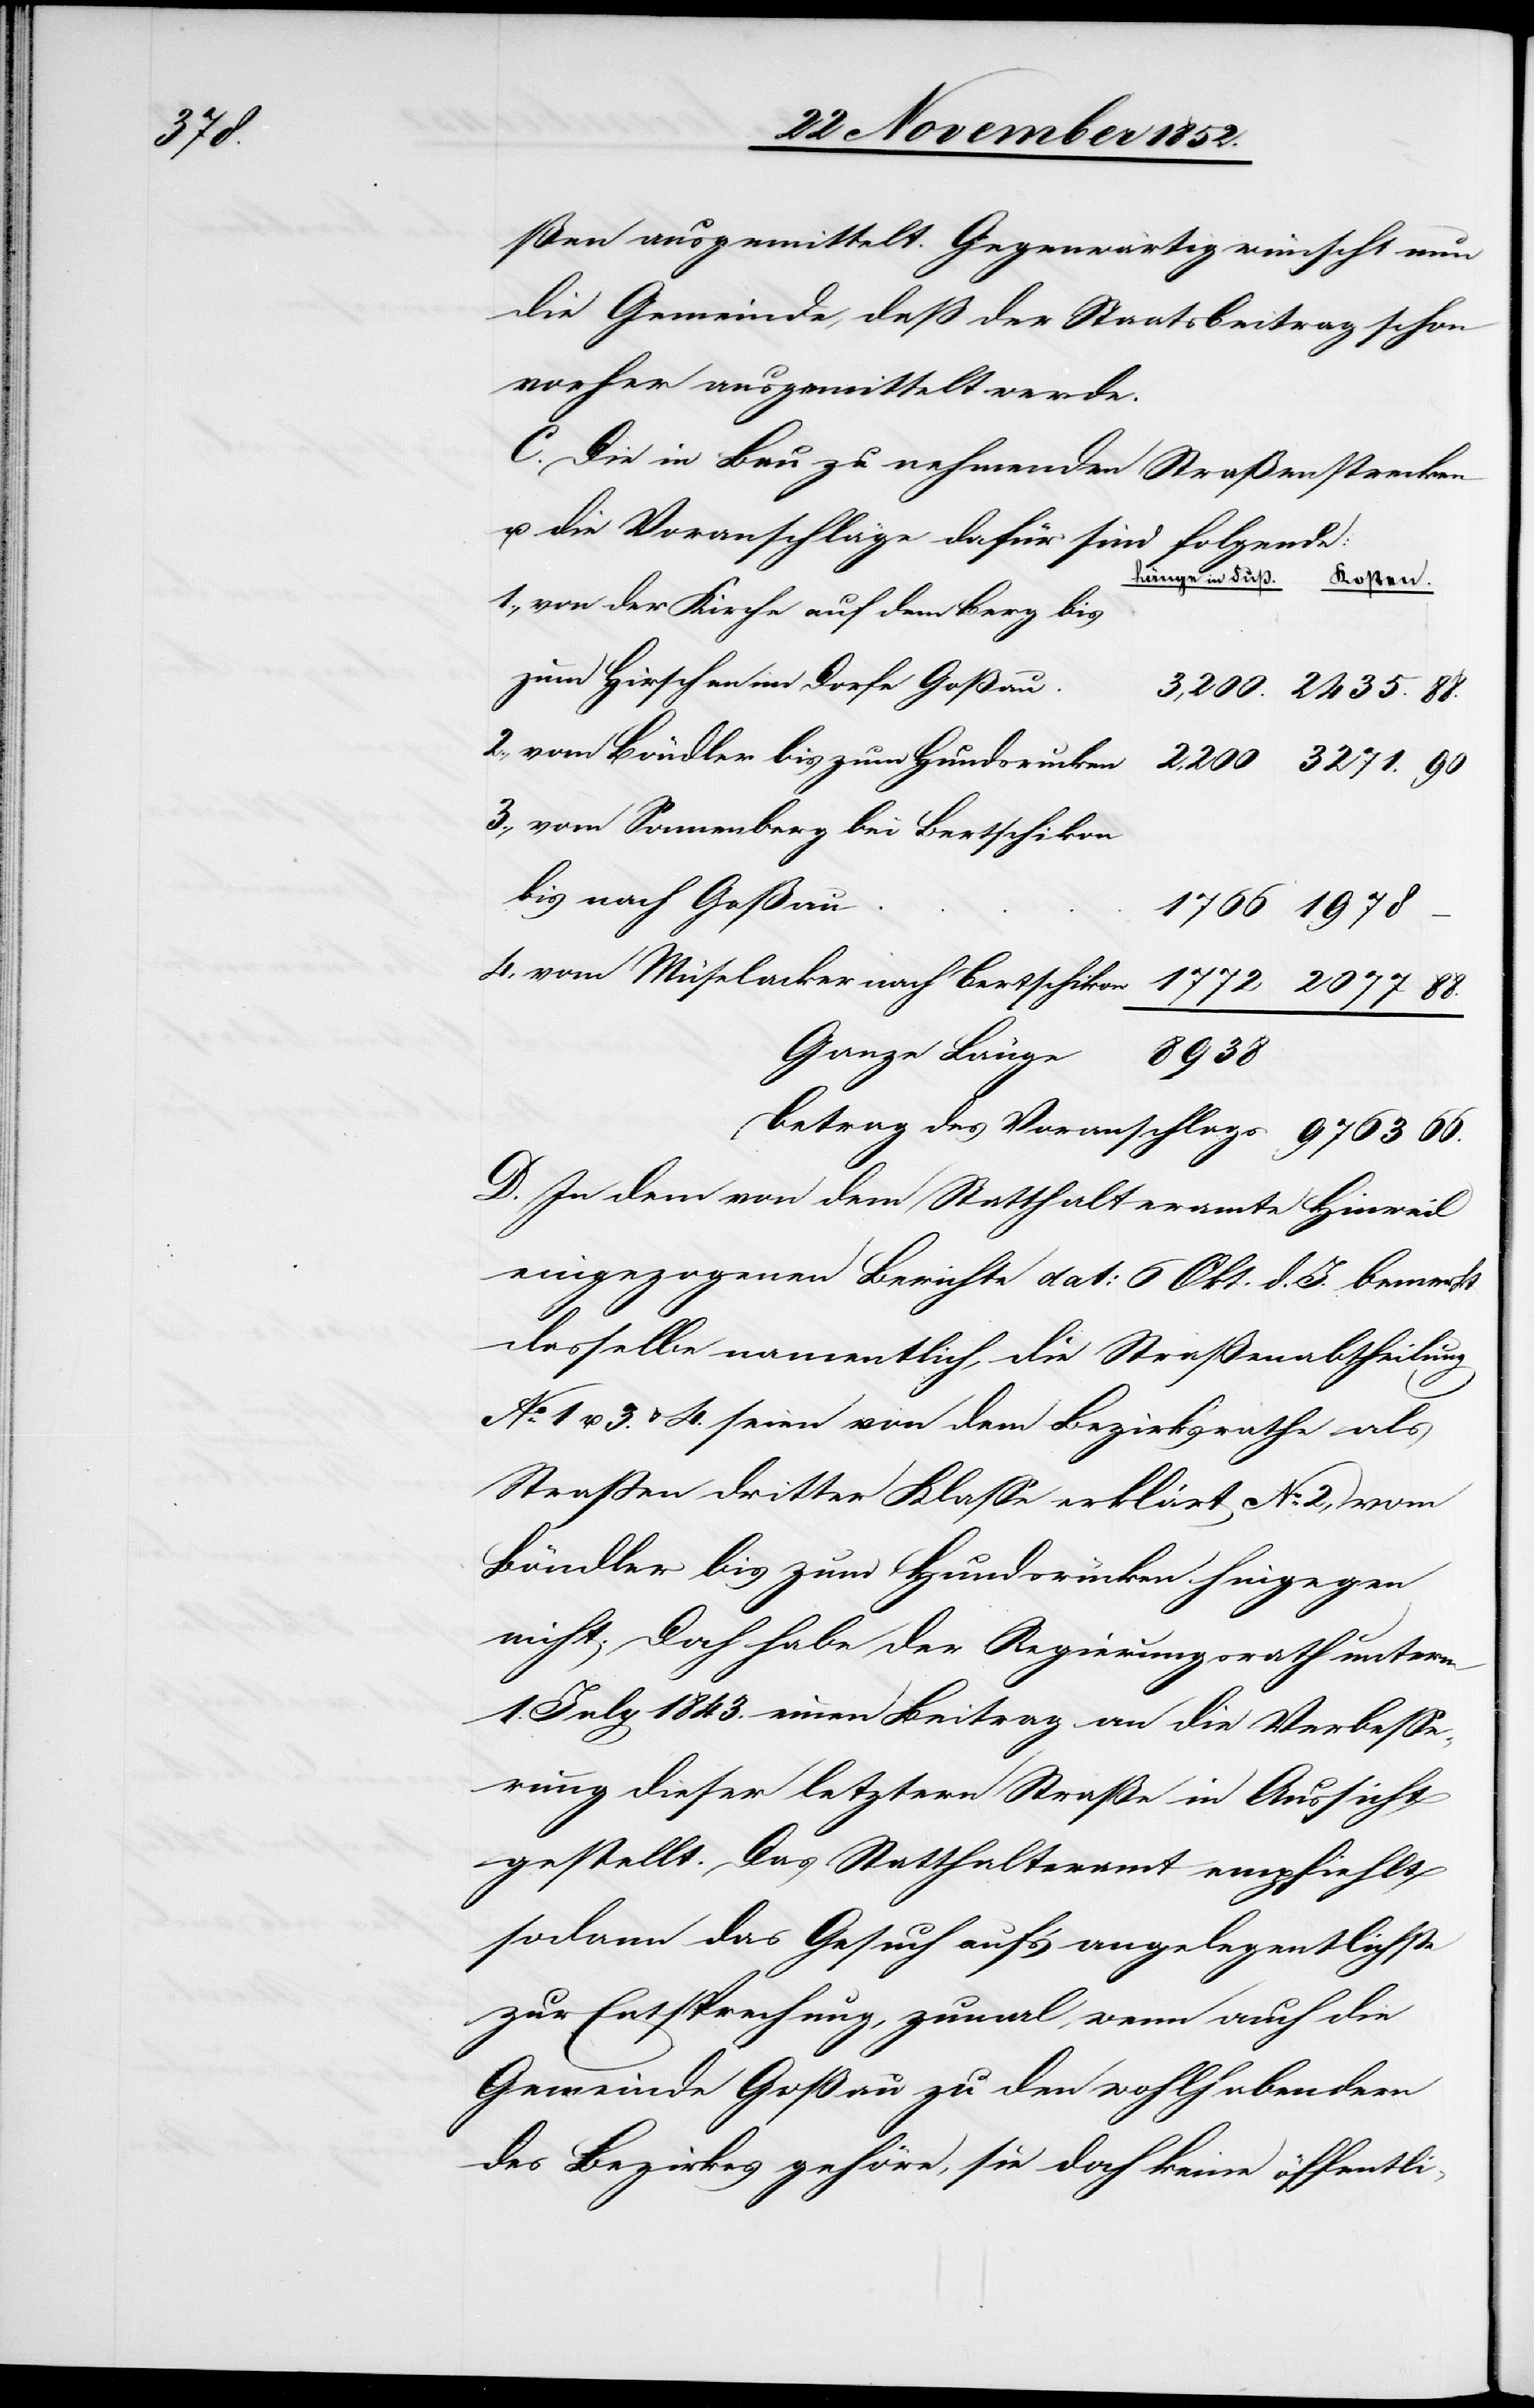
g[en]

ßen ausgemittelt. Gegenwärtig wünscht nun
die Gemeinde, daß der Staatsbeitrag schon
vorher ausgemittelt werde.
C. Die in Bau zu nehmenden Straßenstrecken
u. die Voranschläge dafür sind folgende:
von der Kirche auf dem Berg bis
zum Hirschen im Dorfe Goßau.
vom Böndler bis zum Hundsrucken
vom Sonnenberg bei Bertschikon
bis nach Goßau
Betrag des Voranschlags
D. In dem von dem Statthalteramte Hinweil
eingezogenen Berichte dat: 6 Okt. d. J. bemerkt
dasselbe namentlich, die Straßenabtheilun¬
No. 1 u. 3. & 4. seien von dem Bezirksrathe als
Straßen dritter Klasse erklärt No. 2, vom
Böndler bis zum Hundsrücken hingegen
nicht. Doch habe der Regierungsrath unterm
1. July 1843. einen Beitrag an die Verbesse¬
rung dieser letztern Straße in Aussicht
gestellt. Das Statthalteramt empfiehlt
sodann das Gesuch auf’s angelegentlichste
zur Entsprechung, zumal, wenn auch die
Gemeinde Goßau zu den wohlhabendern
des Bezirkes gehöre, sie doch keine öffentli-